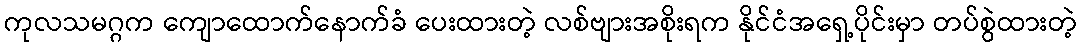
ကုလသမဂ္ဂက ကျောထောက်နောက်ခံ ပေးထားတဲ့ လစ်ဗျားအစိုးရက နိုင်ငံအရှေ့ပိုင်းမှာ တပ်စွဲထားတဲ့